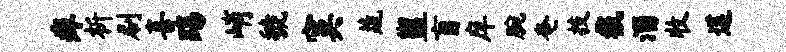
痒析刷喜踢峭虢寞蔬盥盲庠腕奄技截淄收莲